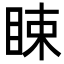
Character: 䀳